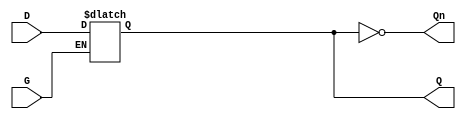
module async_gated_latch (
    input wire D,    // Data input
    input wire G,    // Gate control signal
    output reg Q,    // Output
    output wire Qn   // Complementary output
);

// Complementary output
assign Qn = ~Q;

// Always block to implement the gated latch functionality
always @(*) begin
    if (G) begin
        Q = D;  // When G is high, Q follows D
    end
    // When G is low, Q retains its last value (no change)
end

endmodule